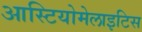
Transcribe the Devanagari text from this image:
आस्टियोमेलाइटिस